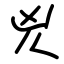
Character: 兇